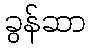
ခွန်ဆာ